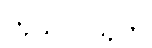
ကုသလသုတ်